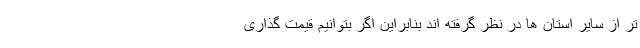
تر از سایر استان ها در نظر گرفته اند بنابراین اگر بتوانیم قیمت گذاری